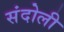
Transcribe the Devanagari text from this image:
संदोली